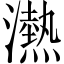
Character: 𪷴